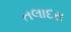
તલાદરા